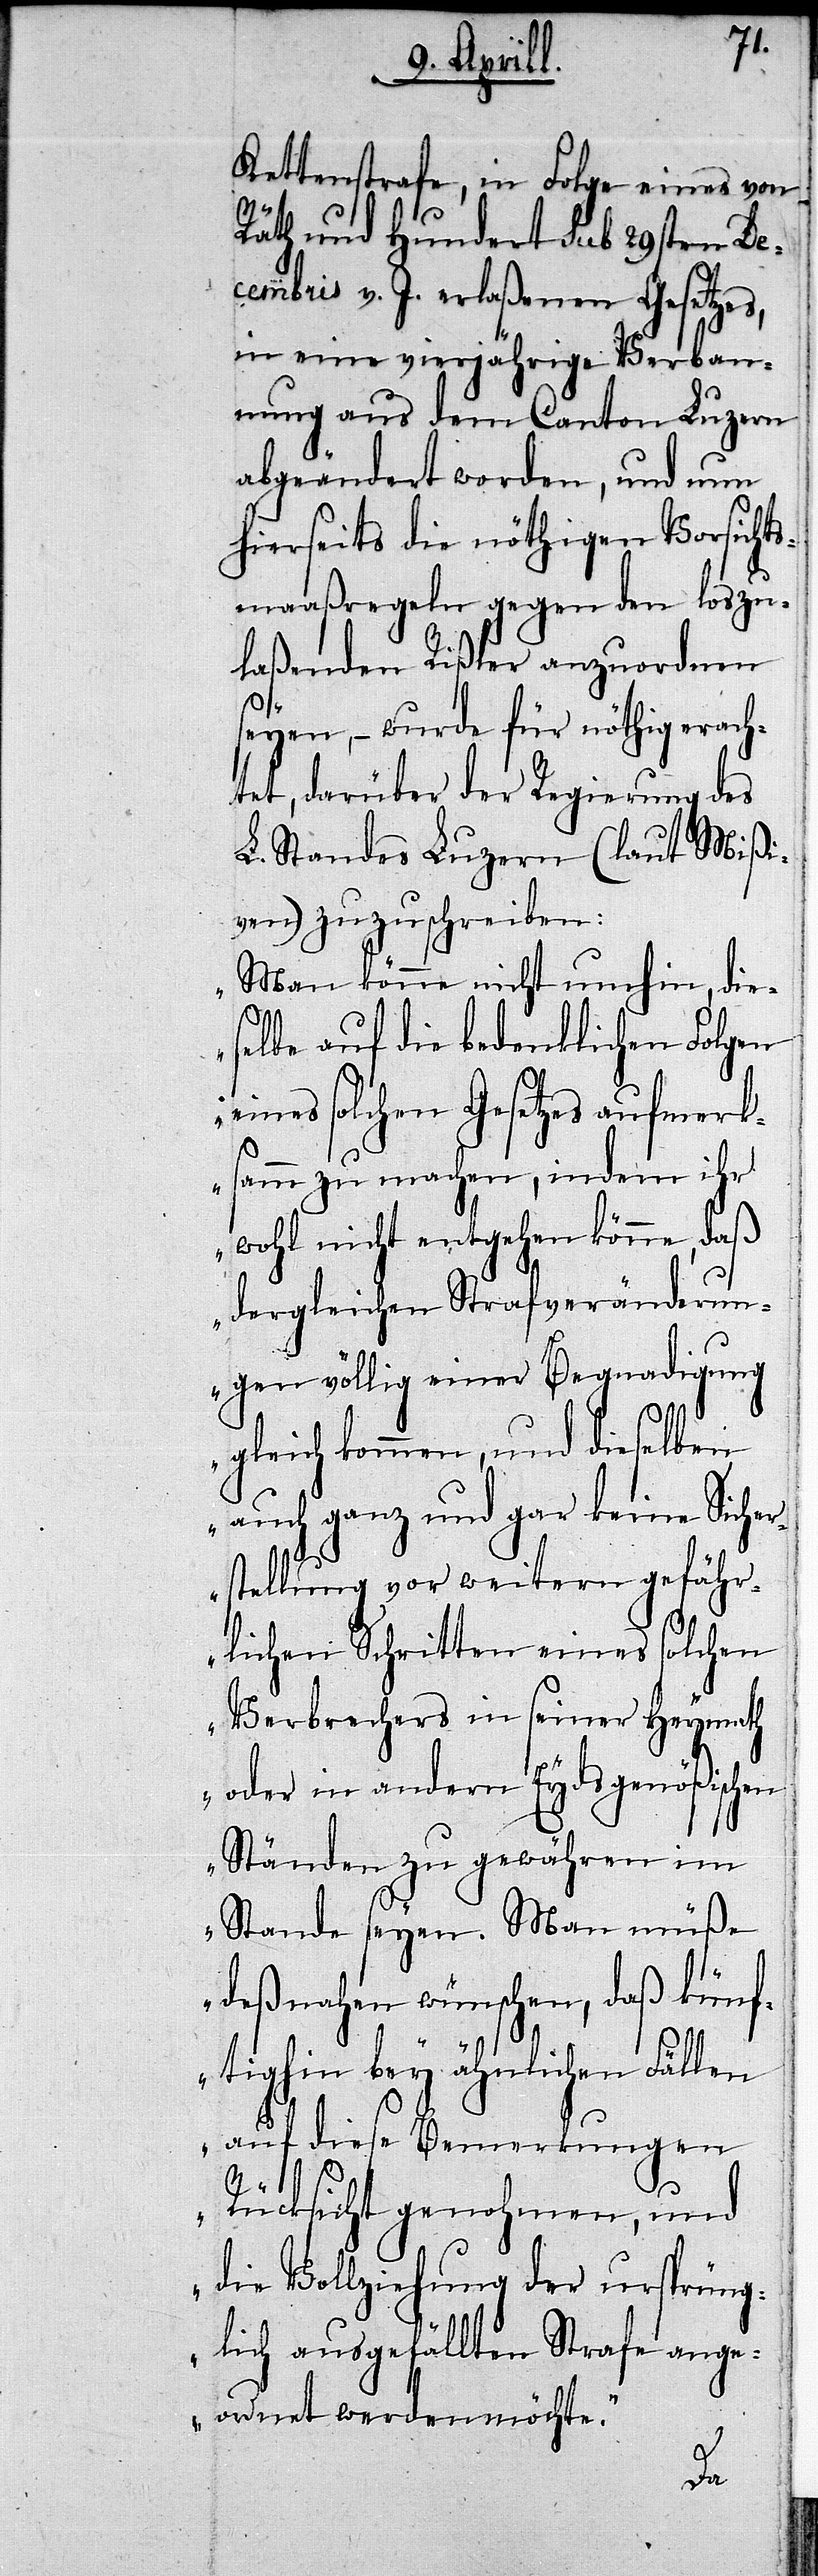
Kettenstrafe, in Folge eines von
Räth und Hundert Sub 29sten De¬
cembris v. J. erlaßenen Gesetzes,
in eine vierjährige Verban¬
nung aus dem Canton Luzern
abgeändert worden, und um
hierseits die nöthigen Vorsicht¬
smaaßregeln gegen den lozu¬
laßenden Rißler anzuordnen
seyen,– wurde für nöthig erach¬
tet, darüber der Regierung des
L. Standes Luzern (laut Mißi¬
ven) zuzuschreiben:
„Man könne nicht umhin, die¬
selbe auf die bedenklichen Folgen
eines solchen Gesetzes aufmerk¬
sam zu machen, indem ihr
wohl nicht entgehen könne, daß
dergleiche Strafveränderun¬
gen völlig einer Begnadigung
gleich kommen, und dieselben
auch ganz und gar keine Sicher¬
stellung vor weitern gefähr¬
lichen Schritten eines solchen
Verbrechers in seiner Heymath
oder in andern Eydgenößischen
Ständen zu gewähren im
Stande seyen. Man müße
deßnahen wünschen, daß künf¬
tighin bey ähnlichen Fällen
auf diese Bemerkungen
Rücksicht genohmen, und
die Vollziehung der ursprüng¬
lich ausgefällten Strafe ange¬
ordnet werden möchte.“